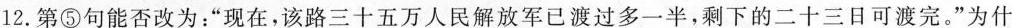
12.第⑤句能否改为：”现在，该路三十五万人民解放军已渡过多一半，剩下的二十三日可渡完。”为什